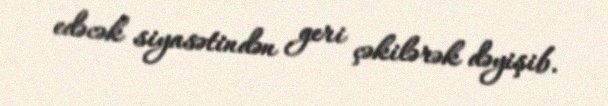
edəcək siyasətindən geri çəkilərək dəyişib.